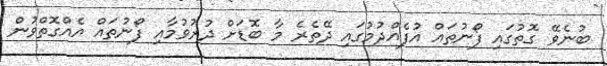
ބުނެވޭ ގޮތުގައި ފޯނުތައް އުފެއްދުމުގައި ދޭތެރެ މާ ބޮޑަށް ދުރުވުމާއި ފޯނުތައް އެއްގޮތްވުން